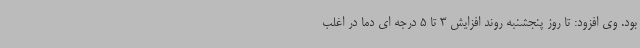
بود. وی افزود: تا روز پنجشنبه روند افزایش 3 تا 5 درجه ای دما در اغلب